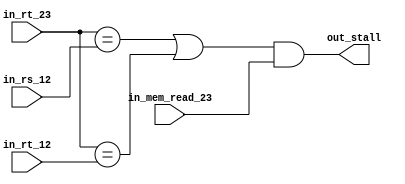
`timescale 1ns / 1ps
//////////////////////////////////////////////////////////////////////////////////
// Company: 
// Engineer: 
// 
// Design Name: 
// Module Name: instruction_decoder
// Project Name: 
// Target Devices: 
// Tool Versions: 
// Description: 
// 
// Dependencies: 
// 
// Revision:
// Revision 0.01 - File Created
// Additional Comments:
// 
//////////////////////////////////////////////////////////////////////////////////

`define NB_addr 5
`define NB_data 32
`define NB 32

module hazard_detection(
   in_rt_23,
   in_rt_12,
   in_rs_12,
   in_mem_read_23,
   out_stall
);

parameter NB_addr = `NB_addr;

input [NB_addr - 1 : 0] in_rt_23;
input [NB_addr - 1 : 0] in_rt_12;
input [NB_addr - 1 : 0] in_rs_12;
input in_mem_read_23;
output out_stall;
// output out_pc_write;
// output out_if_write;
// output out_mux_ctl;

// wire stall;

assign out_stall = ( (in_rt_23 == in_rs_12) | (in_rt_23 == in_rt_12) ) & (in_mem_read_23 == 1'b1);

// assign out_if_write ~= stall;
// assign out_pc_write ~= stall;
// assign out_mux_ctl  ~= stall;

endmodule